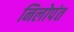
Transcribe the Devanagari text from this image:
निलोपंत